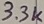
Text: 3.3K